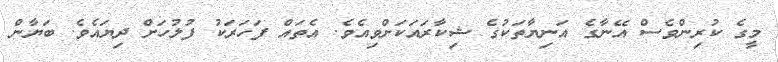
މީގެ ކުރިންވެސް އޭނާގެ އަނިޔާތަކުގެ ޝިކާރައަކަށްވިއެވެ. އެތައް ފަހަރަކު ފުލުހަށް ދިޔައެވެ. ބަޔާން